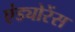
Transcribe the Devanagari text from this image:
एंड्योरेंस